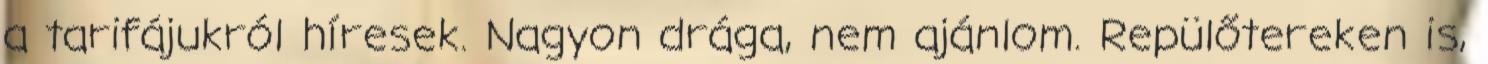
a tarifájukról híresek. Nagyon drága, nem ajánlom. Repülőtereken is,